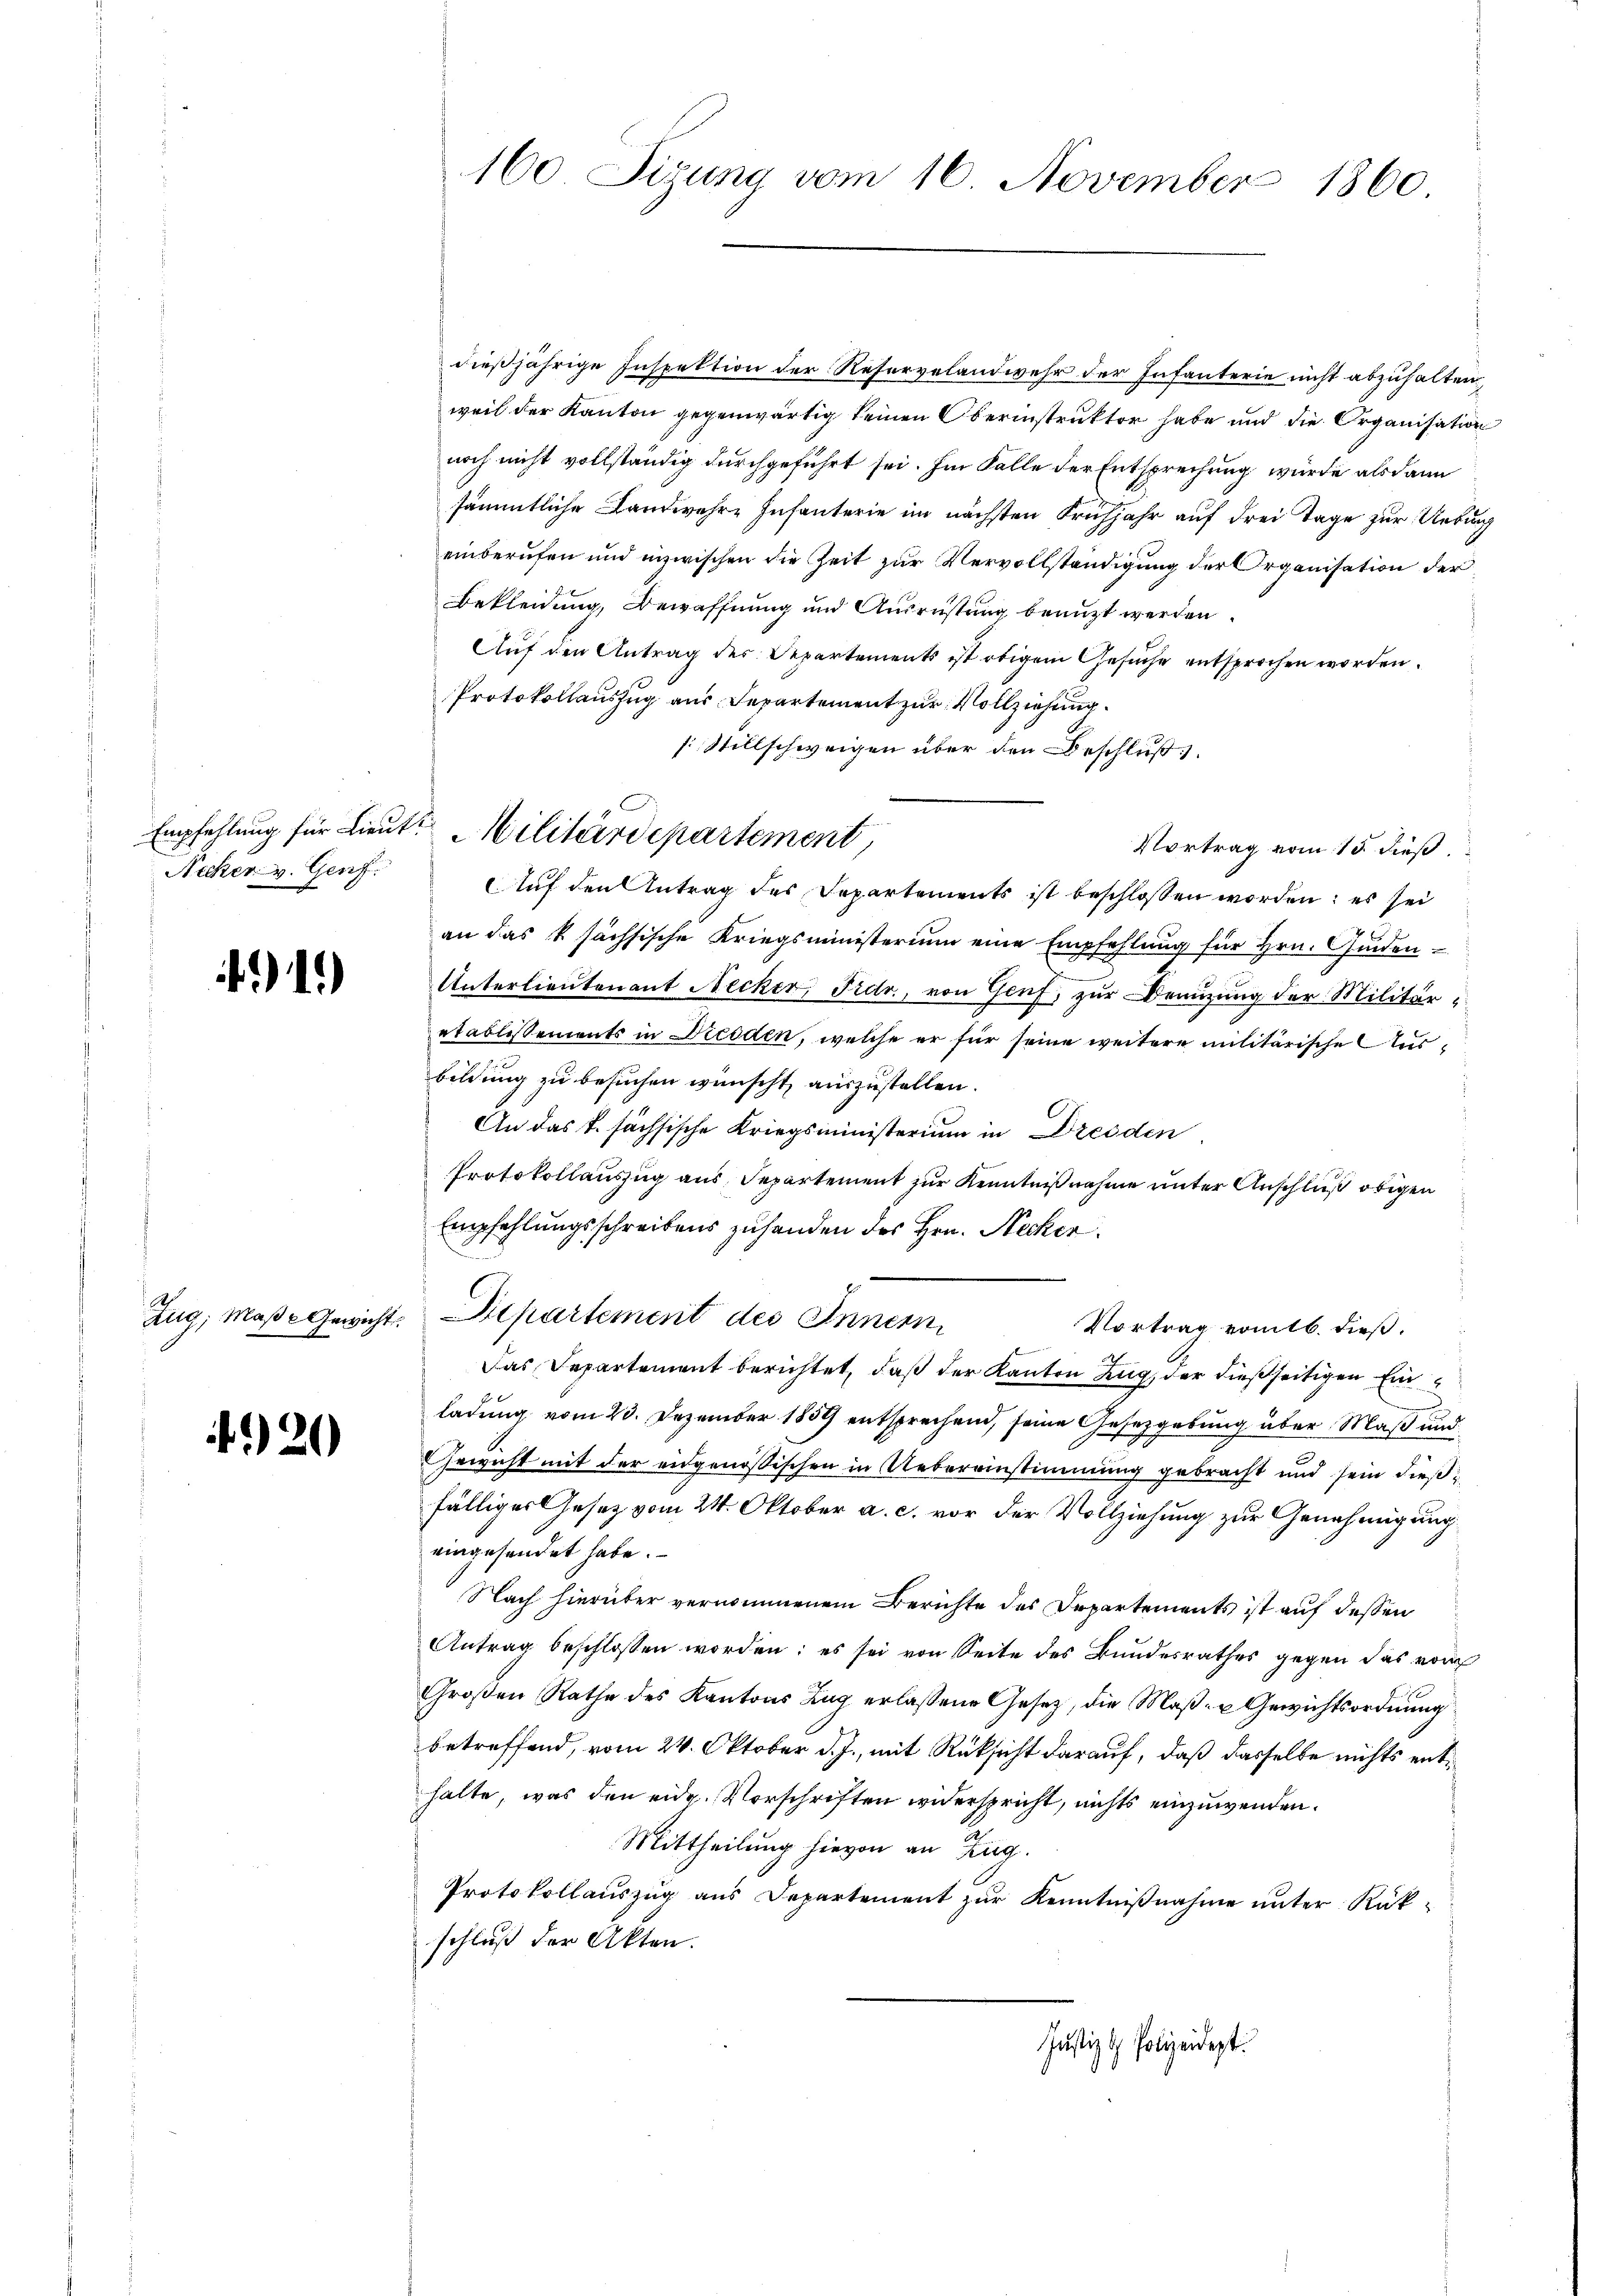
Nicker v. Genf.

41)

) 20

dießjährige Inspektion der Reservelandwehr der Infanterie nicht abzuhalten,
weil der Kanton gegenwärtig keinen Oberinstruktor habe und die Organisation
noch nicht vollständig durchgeführt sei. Im Falle der Entsprechung würde als dann
sämmtliche Landwehre Infanterie im nächsten Frühjahr auf drei Tage zur Uebung
einberufen und inzwischen die Zeit zur Vervollständigung der Organisation der
Bekleidung, Bewaffnung und Ausrüstung benuzt werden.
Auf den Antrag des Departements ist obigem Gesuche entsprochen worden.
Protokollauszug aus Departement zur Vollziehung.
s Stillschweigen über den Beschluß
Vortrag vom 15. dieß.
Auf den Antrag des Departements ist beschlossen worden; es sei
an das k sächsische Kriegsministerium eine Empfehlung für Hrn. Gunden
Unterlieutenant Necker, Fidr., von Genf, zur Benuzung der Militäretablissements in Dresden, welche er für seine weitere militärische Ausbildung zu besuchen wünscht, auszustellen.
An das T. sächsische Kriegsministerium in Dresden
Protokollauszug aus Separtement zur Kenntnißnahme unter Anschluß obigen
Empfehlungsschreibens zuhanden des Hrn. Necker.
Zug, Maße Gewicht. Departement des Innern
Vortrag vomtb. dieß.
Das Departement berichtet, daß der Kanton Zug, der dießseitigen Einladung vom 23. Dezember 1859 entsprechend, seine Gesetzgebung über Maß und
Gewicht mit der eidgenössischen in Uebereinstimmung gebracht und sein dießfälliges Gesetz vom 24. Oktober a. c. vor der Vollziehung zur Genehmigung
eingesendet habe.
Nach hierüber vernommenem Berichte des Departements ist auf dessen
Antrag beschlossen worden; es sei von Seite des Bundesrathes gegen das von
Groβen Rathe des Kantons Zug erlassene Gesetz, die Maβ- u Gewichtsordnung
betreffend, vom 24. Oktober d. J., mit Rüksicht darauf, daß dasselbe nichts enthalte, was den eidg. Vorschriften widerspricht, nichts einzuwenden.
Mittheilung hievon an Zug.
Protokollauszug aus Departement zur Kenntnißnahme unter Rükschluß der Akten.
Justiz & Polizeidigt.

160 Sitzung vom 16. November 1860

Empfehlung für Lieut. Militärdepartement,